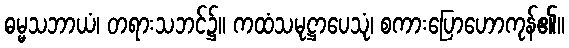
ဓမ္မသဘာယံ၊ တရားသဘင်၌။ ကထံသမုဋ္ဌာပေသုံ၊ စကားပြောဟောကုန်၏။